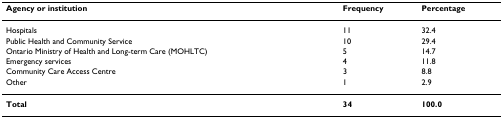
<table><thead><tr><td><b>Agency or institution</b></td><td><b>Frequency</b></td><td><b>Percentage</b></td></tr></thead><tbody><tr><td>Hospitals</td><td>11</td><td>32.4</td></tr><tr><td>Public Health and Community Service</td><td>10</td><td>29.4</td></tr><tr><td>Ontario Ministry of Health and Long-term Care (MOHLTC)</td><td>5</td><td>14.7</td></tr><tr><td>Emergency services</td><td>4</td><td>11.8</td></tr><tr><td>Community Care Access Centre</td><td>3</td><td>8.8</td></tr><tr><td>Other</td><td>1</td><td>2.9</td></tr><tr><td><b>Total</b></td><td><b>34</b></td><td><b>100.0</b></td></tr></tbody></table>